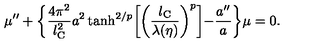
\mu ^ { \prime \prime } + \biggl \{ \frac { 4 \pi ^ { 2 } } { l _ { \mathrm { C } } ^ { 2 } } a ^ { 2 } \tanh ^ { 2 / p } \biggl [ \biggl ( \frac { l _ { \mathrm { C } } } { \lambda ( \eta ) } \biggr ) ^ { p } \biggl ] - \frac { a ^ { \prime \prime } } { a } \biggr \} \mu = 0 .